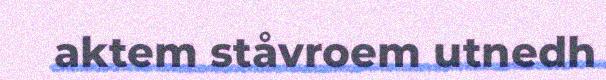
aktem ståvroem utnedh